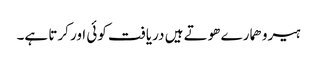
ہیرو ھمارے ھوتے ہیں دریافت کوئی اور کرتا ہے۔